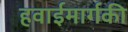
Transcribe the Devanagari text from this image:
हवाईमार्गकी